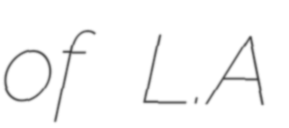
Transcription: of L.A